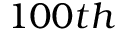
1 0 0 t h